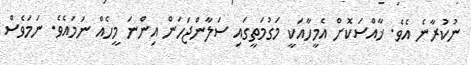
ނުކުރާނެ އެވެ. ޚާއްސަކޮށް އެމީހާއަކީ މަގުމަތީގައި ސަލާންޖަހަން އިންނަ މީހެއް ނަމައެވެ. ނަމަވެސް